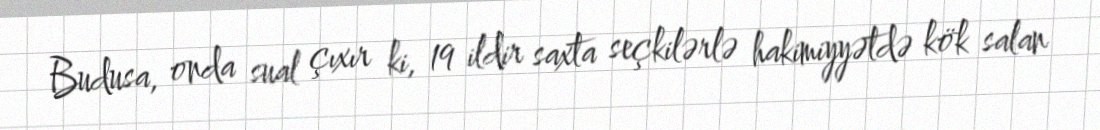
Budusa, onda sual çıxır ki, 19 ildir saxta seçkilərlə hakimiyyətdə kök salan